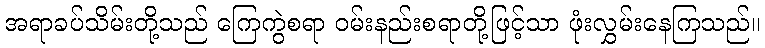
အရာခပ်သိမ်းတို့သည် ကြေကွဲစရာ ဝမ်းနည်းစရာတို့ဖြင့်သာ ဖုံးလွှမ်းနေကြသည်။